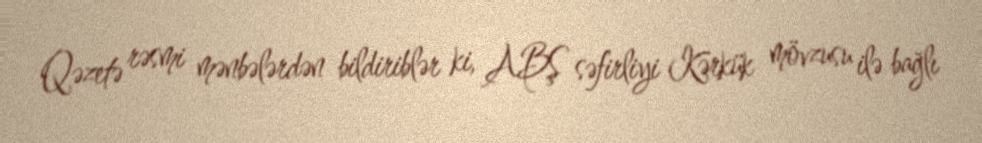
Qəzetə rəsmi mənbələrdən bildiriblər ki, ABŞ səfirliyi Kərkük mövzusu ilə bağlı